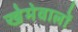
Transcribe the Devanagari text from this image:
खेमेवालों